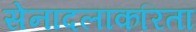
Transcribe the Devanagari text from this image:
सेनादलाकरिता